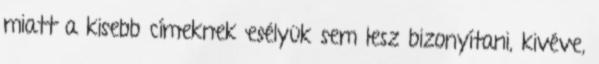
miatt a kisebb címeknek esélyük sem lesz bizonyítani, kivéve,